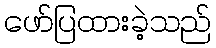
ဖော်ပြထားခဲ့သည်